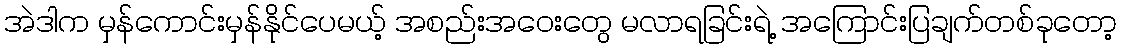
အဲဒါက မှန်ကောင်းမှန်နိုင်ပေမယ့် အစည်းအဝေးတွေ မလာရခြင်းရဲ့ အကြောင်းပြချက်တစ်ခုတော့